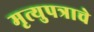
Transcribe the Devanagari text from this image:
मृत्युपत्राचे